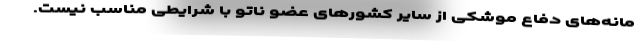
مانه‌های دفاع موشکی از سایر کشورهای عضو ناتو با شرایطی مناسب نیست.